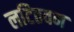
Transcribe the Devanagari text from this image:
लटिठवन